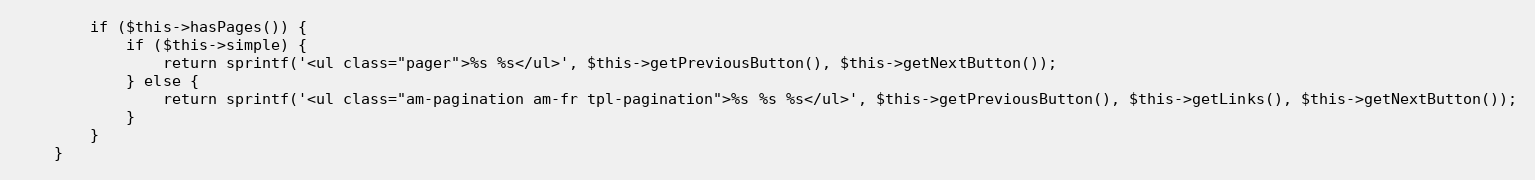
Language: PHP
        if ($this->hasPages()) {
            if ($this->simple) {
                return sprintf('<ul class="pager">%s %s</ul>', $this->getPreviousButton(), $this->getNextButton());
            } else {
                return sprintf('<ul class="am-pagination am-fr tpl-pagination">%s %s %s</ul>', $this->getPreviousButton(), $this->getLinks(), $this->getNextButton());
            }
        }
    }